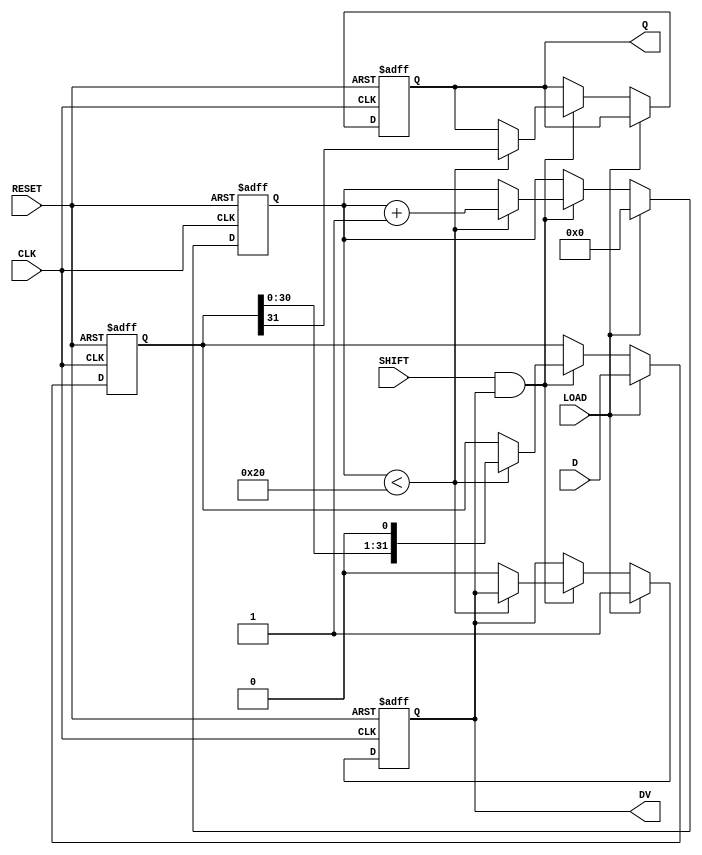
module PISO_Register (
    input wire [31:0] D,       // 32-bit input data
    input wire LOAD,           // Load control signal
    input wire SHIFT,          // Shift control signal
    input wire CLK,            // Clock signal
    input wire RESET,          // Asynchronous reset signal
    output reg Q,              // Serial output
    output reg DV              // Data Valid signal
);

    reg [31:0] shift_reg;      // Internal shift register
    reg [5:0] bit_count;       // Counter to track number of bits shifted out

    always @(posedge CLK or posedge RESET) begin
        if (RESET) begin
            shift_reg <= 32'b0; // Clear the shift register
            Q <= 1'b0;          // Clear the serial output
            DV <= 1'b0;         // Clear the Data Valid signal
            bit_count <= 6'b0;  // Reset the bit count
        end else begin
            if (LOAD) begin
                shift_reg <= D;  // Load data into the shift register
                DV <= 1'b1;      // Indicate that data is valid
                bit_count <= 6'b0; // Reset bit count for shifting
            end else if (SHIFT && DV) begin
                if (bit_count < 32) begin
                    Q <= shift_reg[31]; // Output the MSB of the shift register
                    shift_reg <= {shift_reg[30:0], 1'b0}; // Shift left
                    bit_count <= bit_count + 1; // Increment the bit count
                end else begin
                    DV <= 1'b0; // No more valid data to send
                end
            end
        end
    end

endmodule